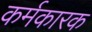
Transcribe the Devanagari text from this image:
कर्मकारक